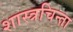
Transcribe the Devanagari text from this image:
शास्त्रचिन्ता